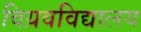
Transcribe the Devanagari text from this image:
विय़वविद्यालय